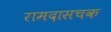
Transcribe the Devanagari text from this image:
रामदासचक